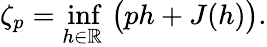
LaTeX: \zeta_{p}=\operatorname*{inf}_{h\in\mathbb{R}}\, \big(ph+J(h)\big).